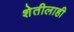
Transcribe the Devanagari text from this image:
शेतीलाही